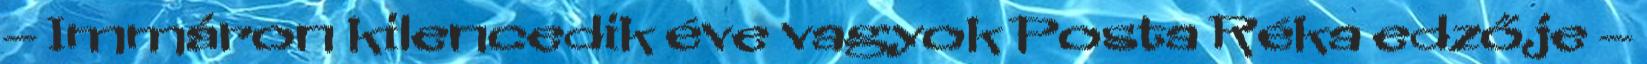
– Immáron kilencedik éve vagyok Posta Réka edzője –